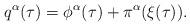
LaTeX: \begin{align*}q^\alpha(\tau) = \phi^\alpha(\tau) + \pi^\alpha(\xi(\tau)).\end{align*}